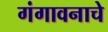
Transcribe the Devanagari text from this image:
गंगावनाचे